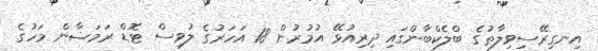
އިނގިރޭސިވިލާތުގެ ބްލެކްބާންގައި ދިރިއުޅޭ އުމުރުން 18 އަހަރުގެ ލުވިސް ޓޮޑް ރަމަޟާން މަހުގެ